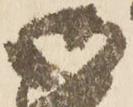
御